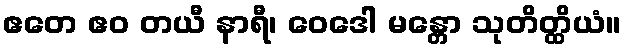
ဧတေ ဧဝ တယီ နာရီ၊ ဝေဒေါ မန္တော သုတိတ္ထိယံ။